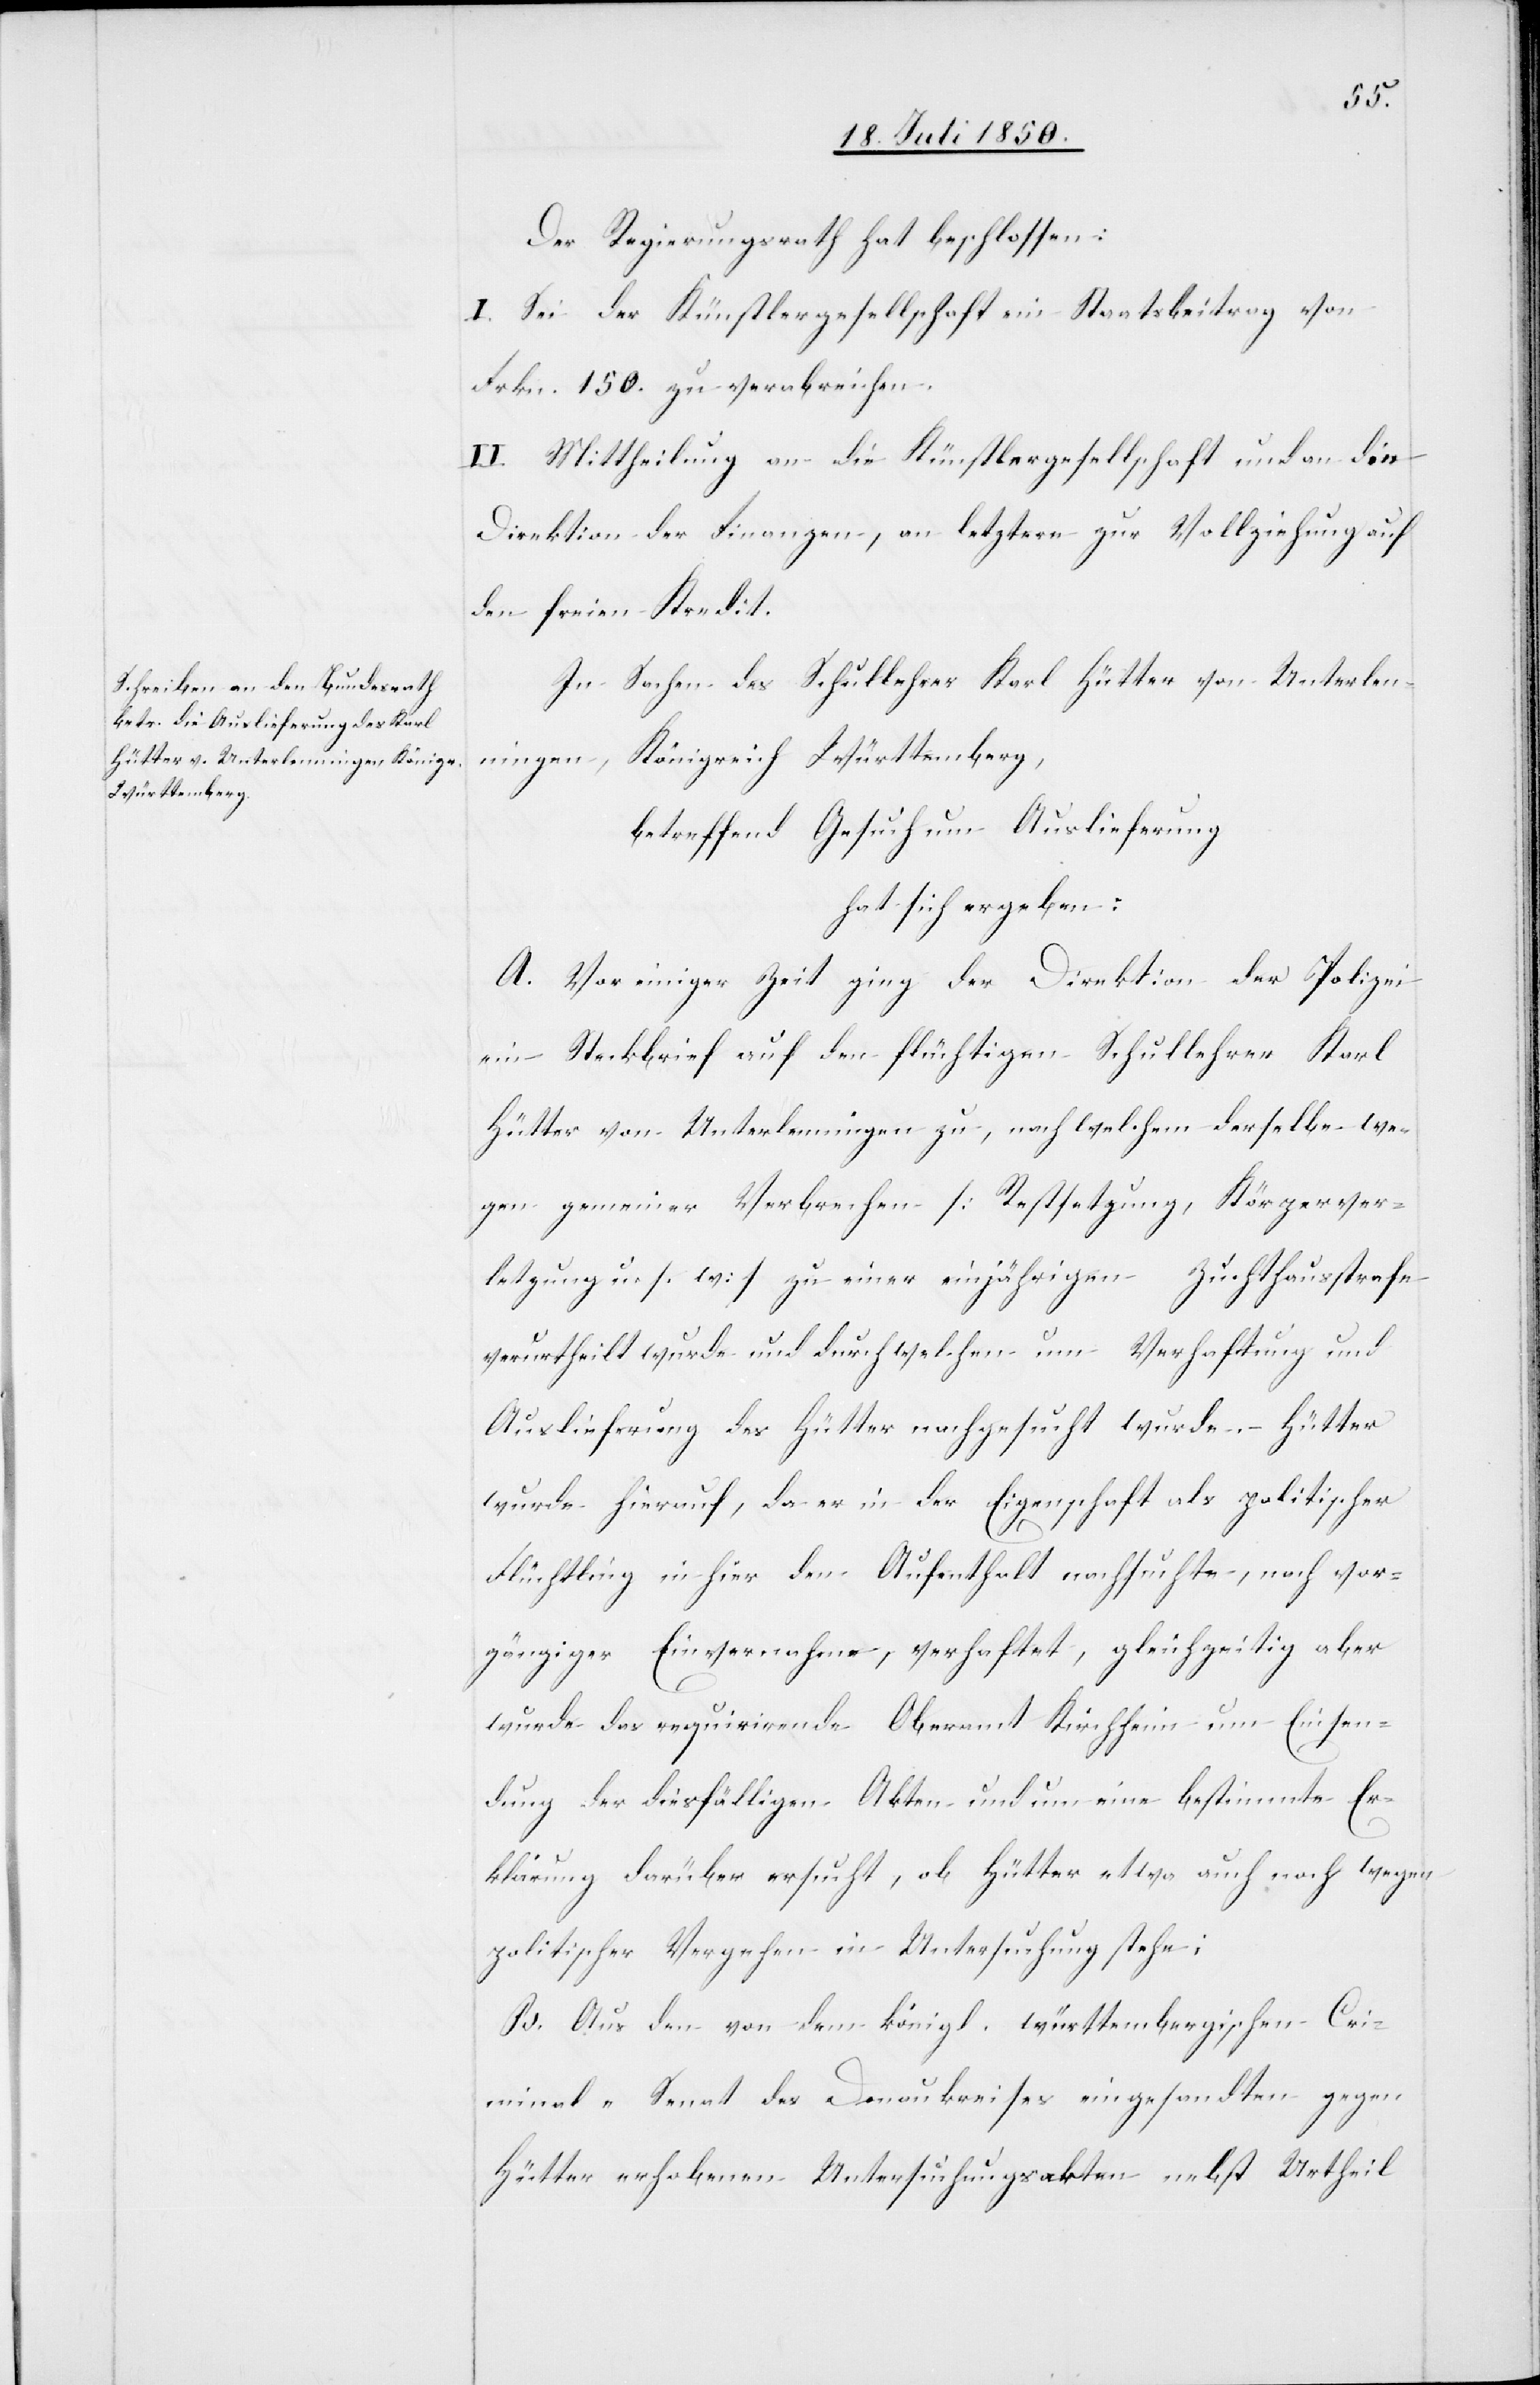
Der Regierungsrath hat beschlossen:
I. Sei der Künstlergesellschaft ein Staatsbeitrag von
Frkn. 150. zu verabreichen.
II. Mittheilung an die Künstlergesellschaft und an die
Direktion der Finanzen, an letztere zur Vollziehung auf
den freien Kredit.
In Sachen des Schullehrer Karl Hütter von Unterlen¬
ningen, Königreich Württemberg,
betreffend Gesuch um Auslieferung
hat sich ergeben:
A. Vor einiger Zeit ging der Direktion der Polizei
ein Steckbrief auf den flüchtigen Schullehrer Karl
Hütter von Unterlenningen zu, nach welchem derselbe we¬
gen gemeiner Verbrechen [Restsetzung, Körperver¬
letzung u. s. w.] zu einer einjährigen Zuchthausstrafe
verurtheilt wurde und durch welchen um Verhaftung und
Auslieferung des Hütter nachgesucht wurde. Hütter
wurde hierauf, da er in der Eigenschaft als politischer
Flüchtling in hier den Aufenthalt nachsuchte, nach vor¬
gängiger Einvernahme, verhaftet, gleichzeitig aber
wurde das requirirende Oberamt Kirchheim um Einsen¬
dung der diesfälligen Akten und um eine bestimmte Er¬
klärung darüber ersucht, ob Hütter etwa auch noch wegen
politischer Vergehen in Untersuchung stehe;
B. Aus den von dem königl. württembergischen Cri¬
minal-Senat des Donaukreises eingesandten gegen
Hütter erhobenen Untersuchungskaten nebst Urtheil